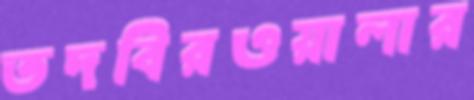
তদবিরওয়ালার